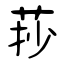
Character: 莏